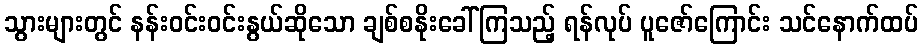
သွားများတွင် နန်းဝင်းဝင်းနွယ်ဆိုသော ချစ်စနိုးခေါ်ကြသည့် ရန်လုပ် ပူဇော်ကြောင်း သင်နောက်ထပ်